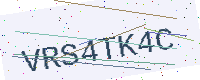
Text: VRS4TK4C